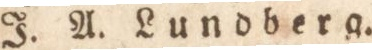
J. A. Lundberg.